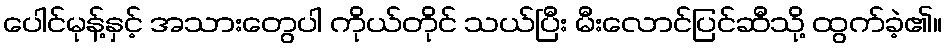
ပေါင်မုန့်နှင့် အသားတွေပါ ကိုယ်တိုင် သယ်ပြီး မီးလောင်ပြင်ဆီသို့ ထွက်ခဲ့၏။